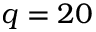
q = 2 0